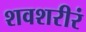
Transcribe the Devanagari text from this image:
शवशरीरं